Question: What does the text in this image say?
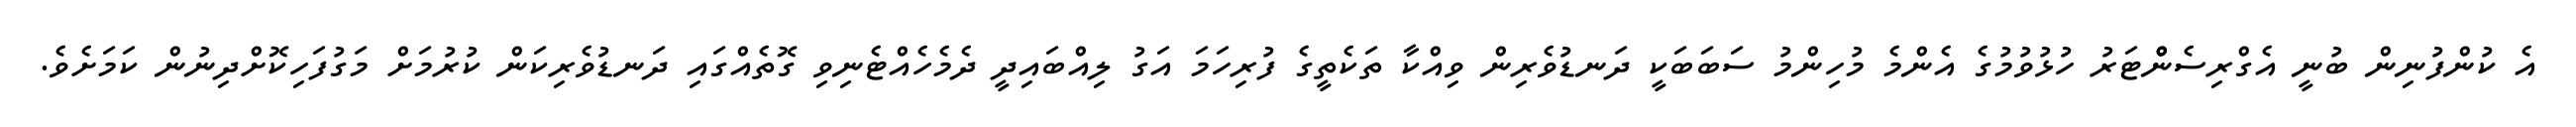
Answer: އެ ކުންފުނިން ބުނީ އެގްރިސެންްޓަރު ހުޅުވުމުގެ އެންމެ މުހިންމު ސަބަބަކީ ދަނޑުވެރިން ވިއްކާ ތަކެތީގެ ފުރިހަމަ އަގު ލިއްބައިދީ ދެމެހެއްޓެނިވި ގޮތެއްގައި ދަނޑުވެރިކަން ކުރުމަށް މަގުފަހިކޮށްދިނުން ކަމަށެވެ.